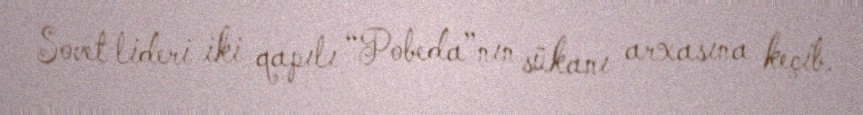
Sovet lideri iki qapılı “Pobeda”nın sükanı arxasına keçib.